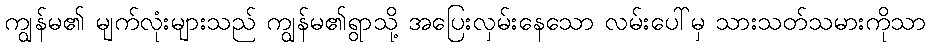
ကျွန်မ၏ မျက်လုံးများသည် ကျွန်မ၏ရွာသို့ အပြေးလှမ်းနေသော လမ်းပေါ်မှ သားသတ်သမားကိုသာ